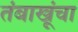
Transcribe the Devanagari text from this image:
तंबाखूंचा